Black-water fever - Number 35
Disease focus: Fever
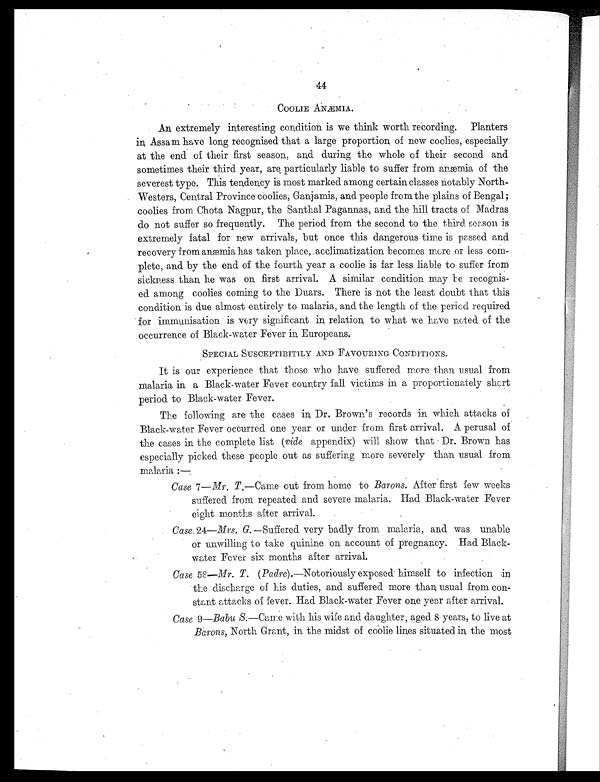
44
COOLIE ANÆMIA.
An. extremely interesting condition is we think worth recording. Planters
in Assam have long recognised that a large proportion of new coolies, especially
at the end of their first season, and during the whole of their second and
sometimes their third year, are particularly liable to suffer from anæmia of the
severest type. This tendency is most marked among certain classes notably North-
Westers, Central Province coolies, Ganjamis, and people from the plains of Bengal;
coolies from Chota Nagpur, the Santhal Pagannas, and the hill tracts of Madras
do not suffer so frequently. The period from the second to the third season is
extremely fatal for new arrivals, but once this dangerous time is passed and
recovery from anæmia has taken place, acclimatization becomes more or less com-
plete, and by the end of the fourth year a coolie is far less liable to suffer from
sickness than he was on first arrival. A similar condition may be recognis-
ed among coolies coming to the Duars. There is not the least doubt that this
condition is due almost entirely to malaria, and the length of the period required
for immunisation is very significant in, relation to what we have noted of the
occurrence of Black-water Fever in Europeans.
SPECIAL SUSCEPTIBITILY AND FAVOURING CONDITIONS,
It is our experience that those who have suffered more than usual from
malaria in a Black-water Fever country fall victims in a proportionately short
period to Black-water Fever.
The following are the cases in Dr. Brown's records in which attacks of
Black-water Fever occurred one year or under from first arrival. A perusal of
the cases in the complete list (vide appendix) will show that Dr. Brown has
especially picked these people out as suffering more severely than usual from
malaria :
—
Case 7—Mr. T,—Came out from home to Barons. After first few weeks
suffered from repeated and severe malaria. Had Black-water Fever
eight months after arrival.
Case, 24—Mrs. G. —Suffered very badly from malaria, and was unable
or unwilling to take quinine on account of pregnancy. Had Black-
water Fever six months after arrival.
Case 58—Mr. T. (Padre). —Notoriously exposed himself to infection in
the discharge of his duties, and suffered more than usual from CO
m
-
stant attacks of fever. Had Black-water Fever one year after arrival.
Case 9 —Bab S. —Came with his wife and daughter, aged 8 years, to live at
Barons, North Grant, in the midst of coolie lines situated in the most